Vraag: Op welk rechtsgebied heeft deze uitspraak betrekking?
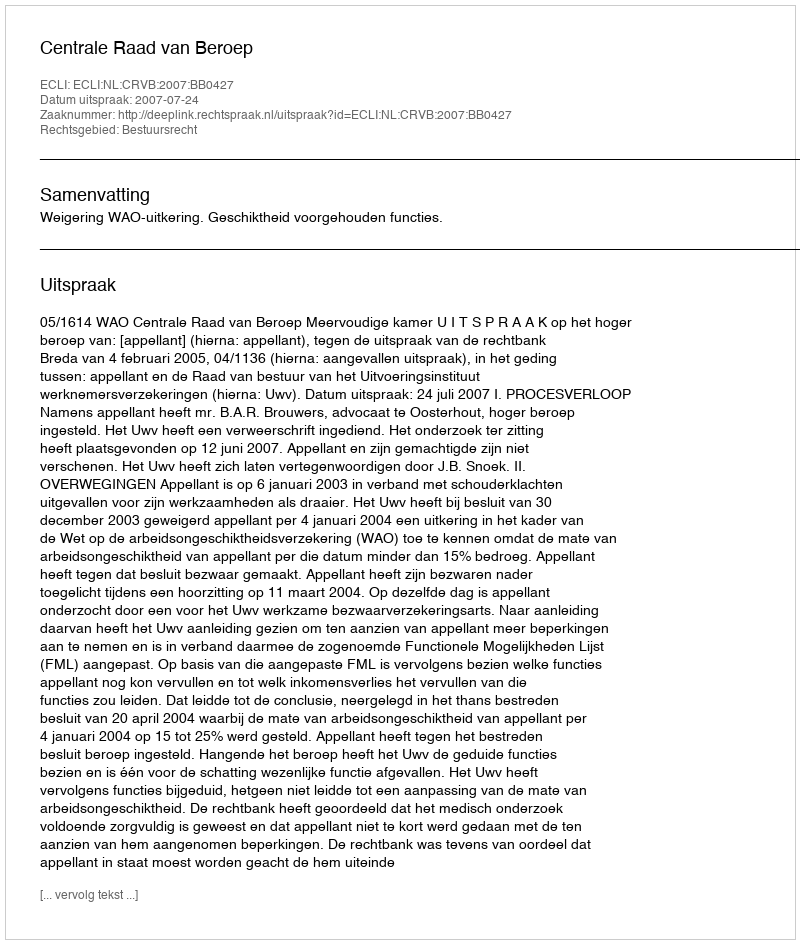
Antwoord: Bestuursrecht